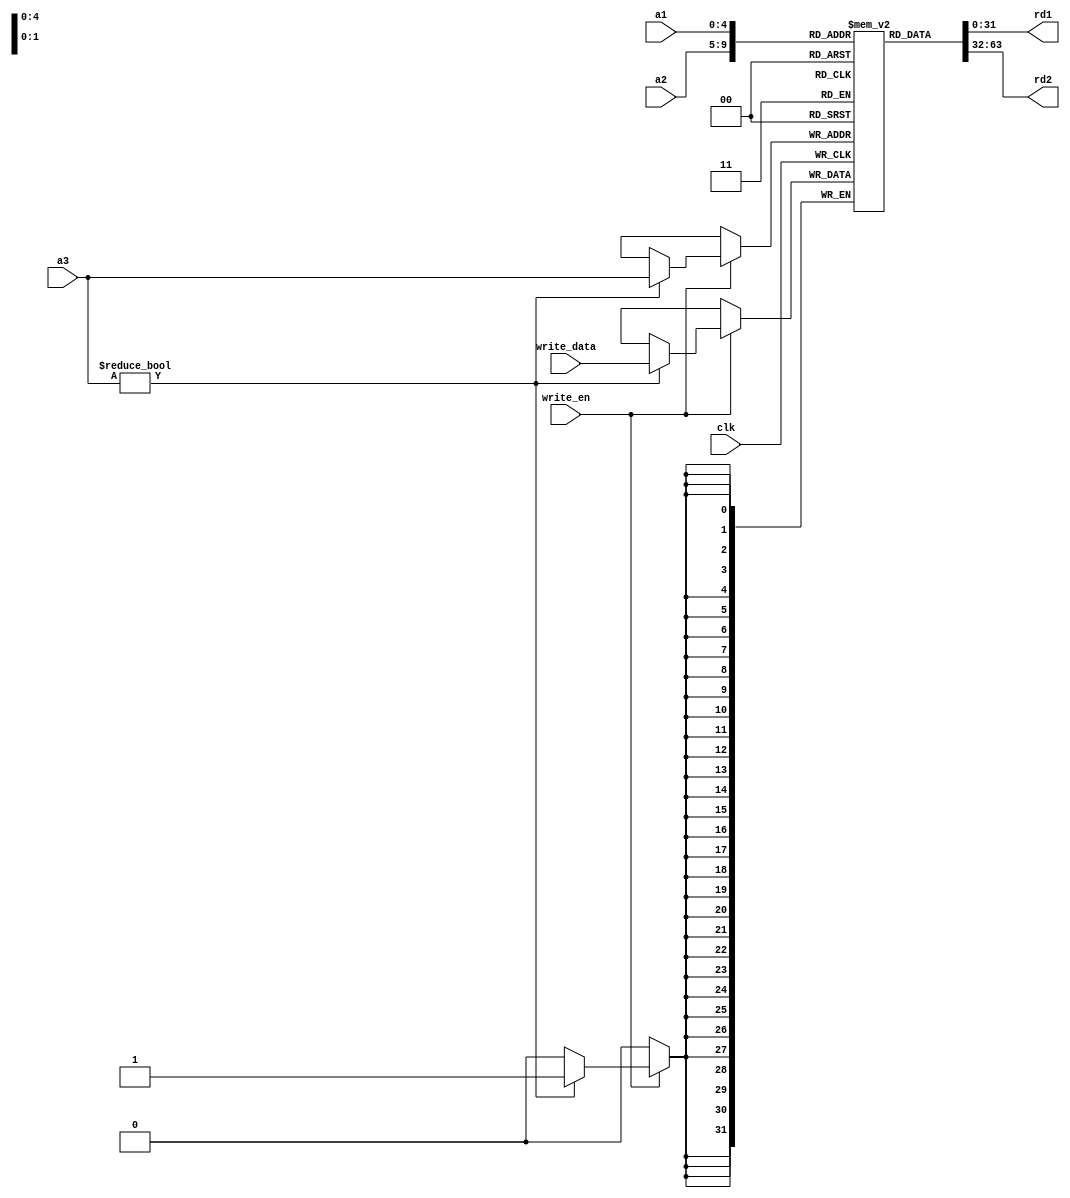
module register_file(clk, write_en, a1, a2, a3, write_data, rd1, rd2);
    input clk, write_en;
    input [4:0] a1, a2, a3;
    input [31:0] write_data;
    output [31:0] rd1, rd2;

    reg [31:0] xi [31:0];

    assign rd1 = xi[a1];
    assign rd2 = xi[a2];

    initial
	begin
		xi[0] = 0;
	end

    always@ (negedge clk )
	begin
	if (write_en)
		if(a3!=0)
            		xi[a3] = write_data;
	end
endmodule